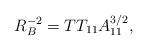
LaTeX: \begin{align*}R_B^{-2} = T T_{11} A_{11}^{3/2}, \end{align*}